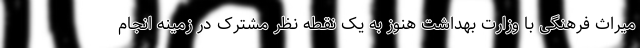
میراث فرهنگی با وزارت بهداشت هنوز به یک نقطه نظر مشترک در زمینه انجام